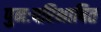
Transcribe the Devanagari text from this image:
पुनःपरिभाषित